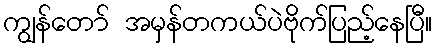
ကျွန်တော် အမှန်တကယ်ပဲဗိုက်ပြည့်နေပြီ။